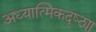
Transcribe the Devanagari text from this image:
अध्यात्मिकदृष्ट्या